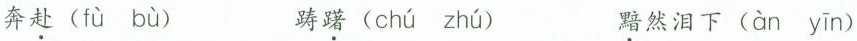
奔赴( fù bù ) 踌躇( chú zhú ) 黯然泪下(àn yīn )